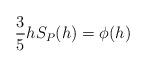
LaTeX: \begin{align*} \begin{aligned}\frac{3}{5}hS_P(h)&=\phi(h)\\ \end{aligned} \end{align*}